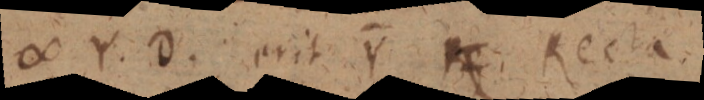
∞ Y. D. erit Y _ Recta